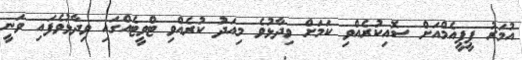
އުމަރު ޕީޕީއެމްއަށް ސޮއިކުރެއްވި ކަމަށް ވިދާޅުވެ މިއަދު ކުރެއްވި ޓްވީޓެއްގައި ވިދާޅުވެފައި ވަނީ